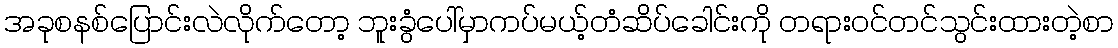
အခုစနစ်ပြောင်းလဲလိုက်တော့ ဘူးခွံပေါ်မှာကပ်မယ့်တံဆိပ်ခေါင်းကို တရားဝင်တင်သွင်းထားတဲ့စာ